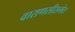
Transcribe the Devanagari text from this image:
वाराणसीसमेत